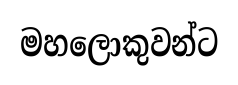
මහලොකුවන්ට